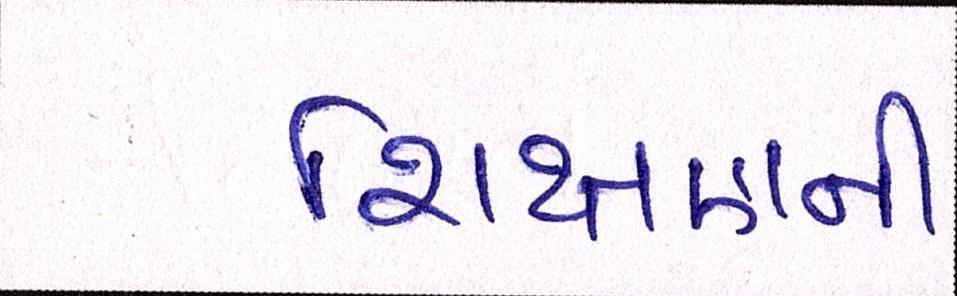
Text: શિક્ષણની